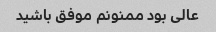
عالی بود ممنونم موفق باشید